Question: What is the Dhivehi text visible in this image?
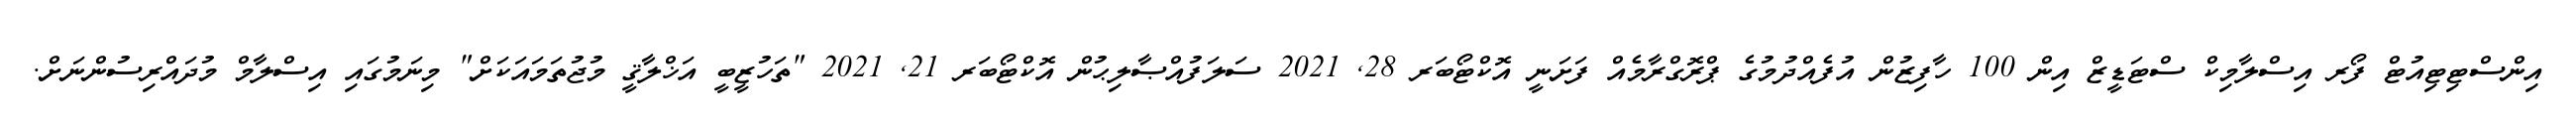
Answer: އިންސްޓިޓިއުޓް ފޯރ އިސްލާމިކް ސްޓަޑީޒް އިން 100 ހާފިޒުން އުފެއްދުމުގެ ޕްރޮގްރާމެއް ފަށަނީ އޮކްޓޯބަރ 28, 2021 ސަލަފުއްޞާލިޙުން އޮކްޓޯބަރ 21, 2021 "ތަހުޒީބީ އަޚްލާޤީ މުޖުތަމައަކަށް" މިނަމުގައި އިސްލާމް މުދައްރިސުންނަށް.